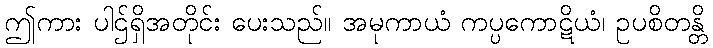
ဤကား ပါဌ်ရှိအတိုင်း ပေးသည်။ အမုကာယံ ကပ္ပကောဋိယံ၊ ဥပစိတန္တိ